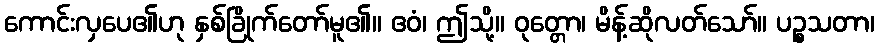
ကောင်းလှပေ၏ဟု နှစ်ခြိုက်တော်မူ၏။ ဧဝံ၊ ဤသို့။ ဝုတ္တော၊ မိန့်ဆိုလတ်သော်။ ပဉ္စသတာ၊